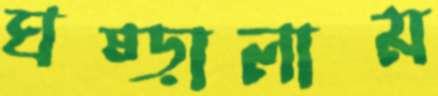
ঘষ্‌ড়ালাম